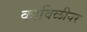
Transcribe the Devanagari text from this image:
काविळीवर